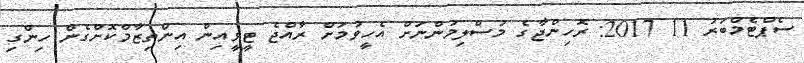
ސެޕްޓެމްބަރު 11 2017: ރޮހިންޖާގެ މުސްލިމުންނަށް އެހީވުމަށް ރާއްޖެ ޓީވީއިން އިންތިޒާމްކޮށްގެން ހިންގި